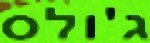
ג'ולס